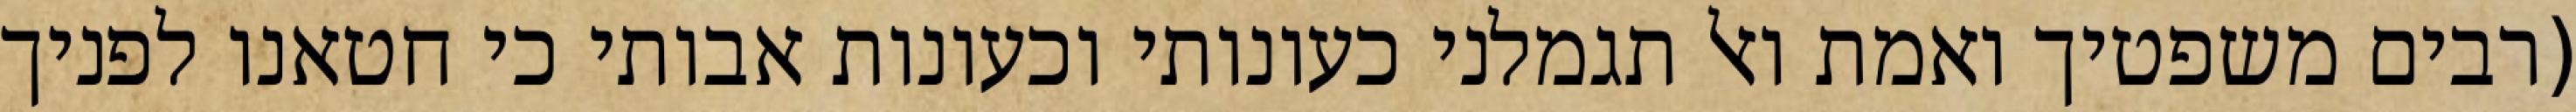
(רבים משפטיך ואמת ואל תגמלני כעונותי וכעונות אבותי כי חטאנו לפניך